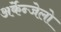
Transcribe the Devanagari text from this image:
अर्केन्जेलो